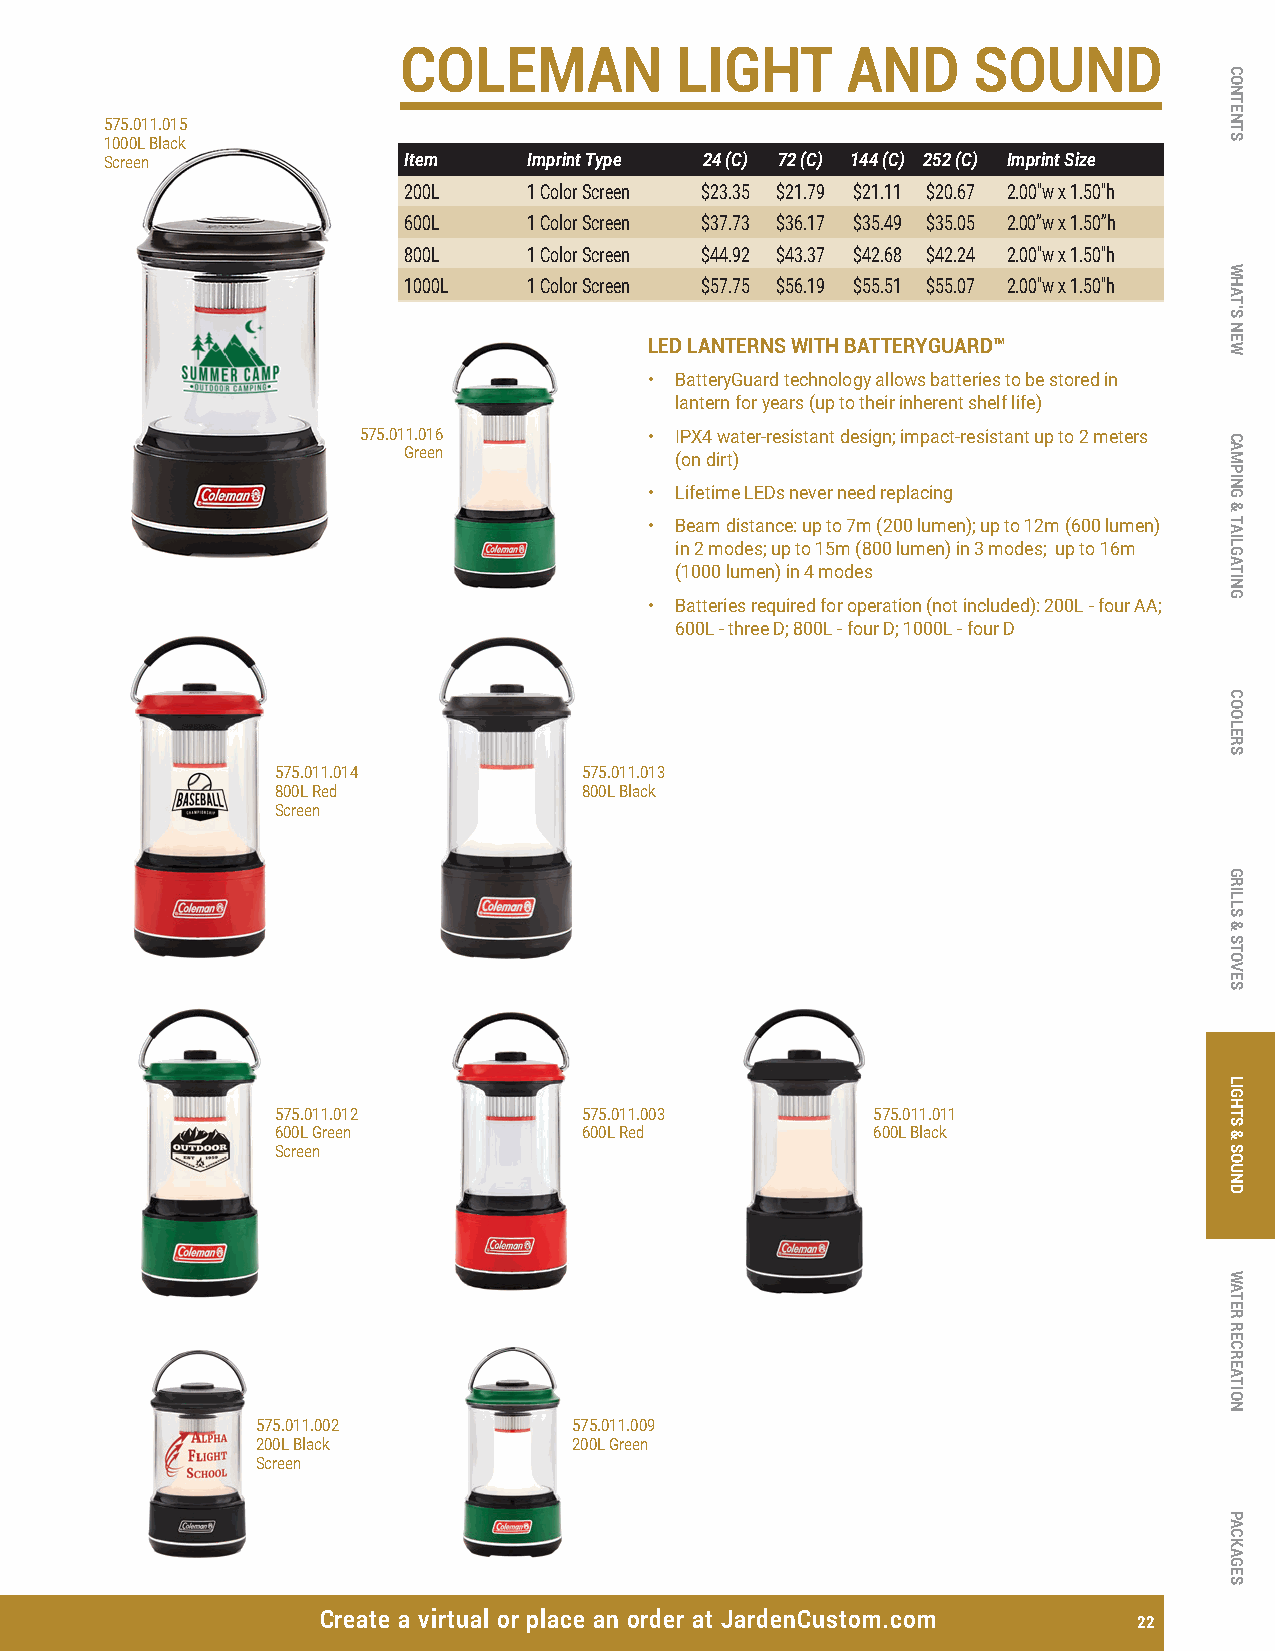
COLEMAN           LIGHT      AND     SOUND
 575.011.015
 1000L Black
 Screen              Item    Imprint Type 24 (C) 72 (C) 144 (C) 252 (C) Imprint Size
 200L    1 Color Screen $23.35 $21.79 $21.11 $20.67 2.00"w x 1.50"h
 600L    1 Color Screen $37.73 $36.17 $35.49 $35.05 2.00”w x 1.50”h
 800L    1 Color Screen $44.92 $43.37 $42.68 $42.24 2.00"w x 1.50"h
 1000L   1 Color Screen $57.75 $56.19 $55.51 $55.07 2.00"w x 1.50"h
 LED LANTERNS WITH BATTERYGUARD™
 • BatteryGuard technology allows batteries to be stored in
 lantern for years (up to their inherent shelf life)
 575.011.016        • IPX4 water-resistant design; impact-resistant up to 2 meters
 Green             (on dirt)
 • Lifetime LEDs never need replacing
 • Beam distance: up to 7m (200 lumen); up to 12m (600 lumen)
 in 2 modes; up to 15m (800 lumen) in 3 modes; up to 16m
 (1000 lumen) in 4 modes
 • Batteries required for operation (not included): 200L - four AA;
 600L - three D; 800L - four D; 1000L - four D
 575.011.014          575.011.013
 800L Red             800L Black
 Screen
 575.011.012          575.011.003        575.011.011
 600L Green           600L Red           600L Black
 Screen
 575.011.002          575.011.009
 200L Black           200L Green
 Screen
 Create a virtual or place an order at JardenCustom.com 22
 CONTENTS
 WHAT’S
 NEW
 CAMPING
 &
 TAILGATING
 COOLERS
 GRILLS
 &
 STOVES
 LIGHTS
 &
 SOUND
 WATER
 RECREATION
 PACKAGES